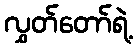
လွှတ်တော်ရဲ့